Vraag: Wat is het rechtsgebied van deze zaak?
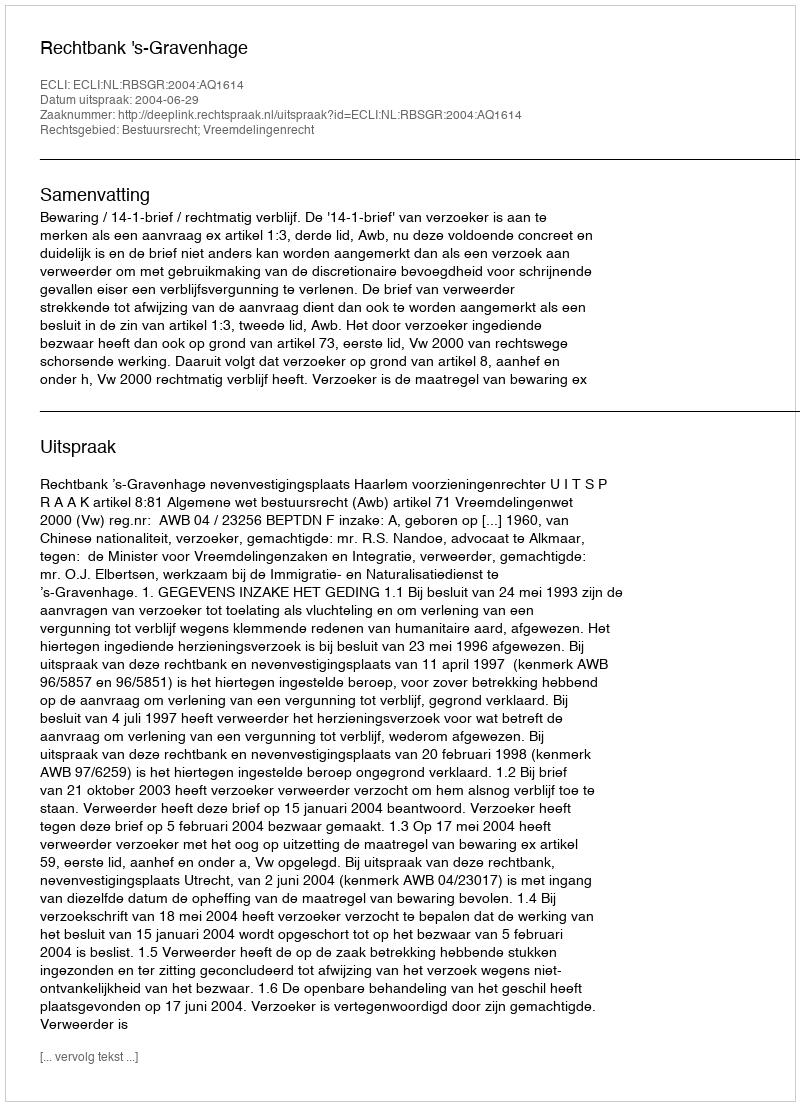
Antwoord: Bestuursrecht; Vreemdelingenrecht